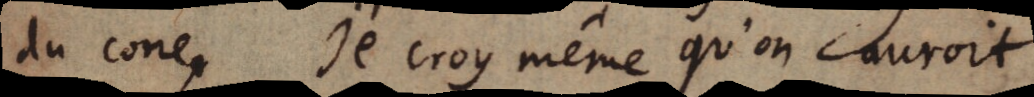
du cone. Je croy même qu’on auroit